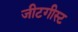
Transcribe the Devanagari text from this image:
जीटगीस्ट